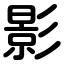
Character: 影